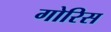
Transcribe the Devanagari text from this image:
गोरिस